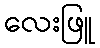
လေးဖြူ